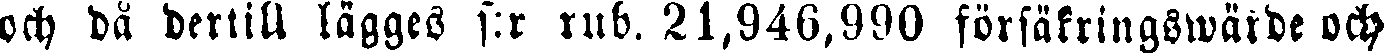
och då dertill lägges f:r rub. 21,946,990 försäkringswärde och